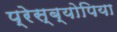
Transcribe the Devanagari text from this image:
प्रेस्ब्योपिया